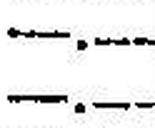
—.—